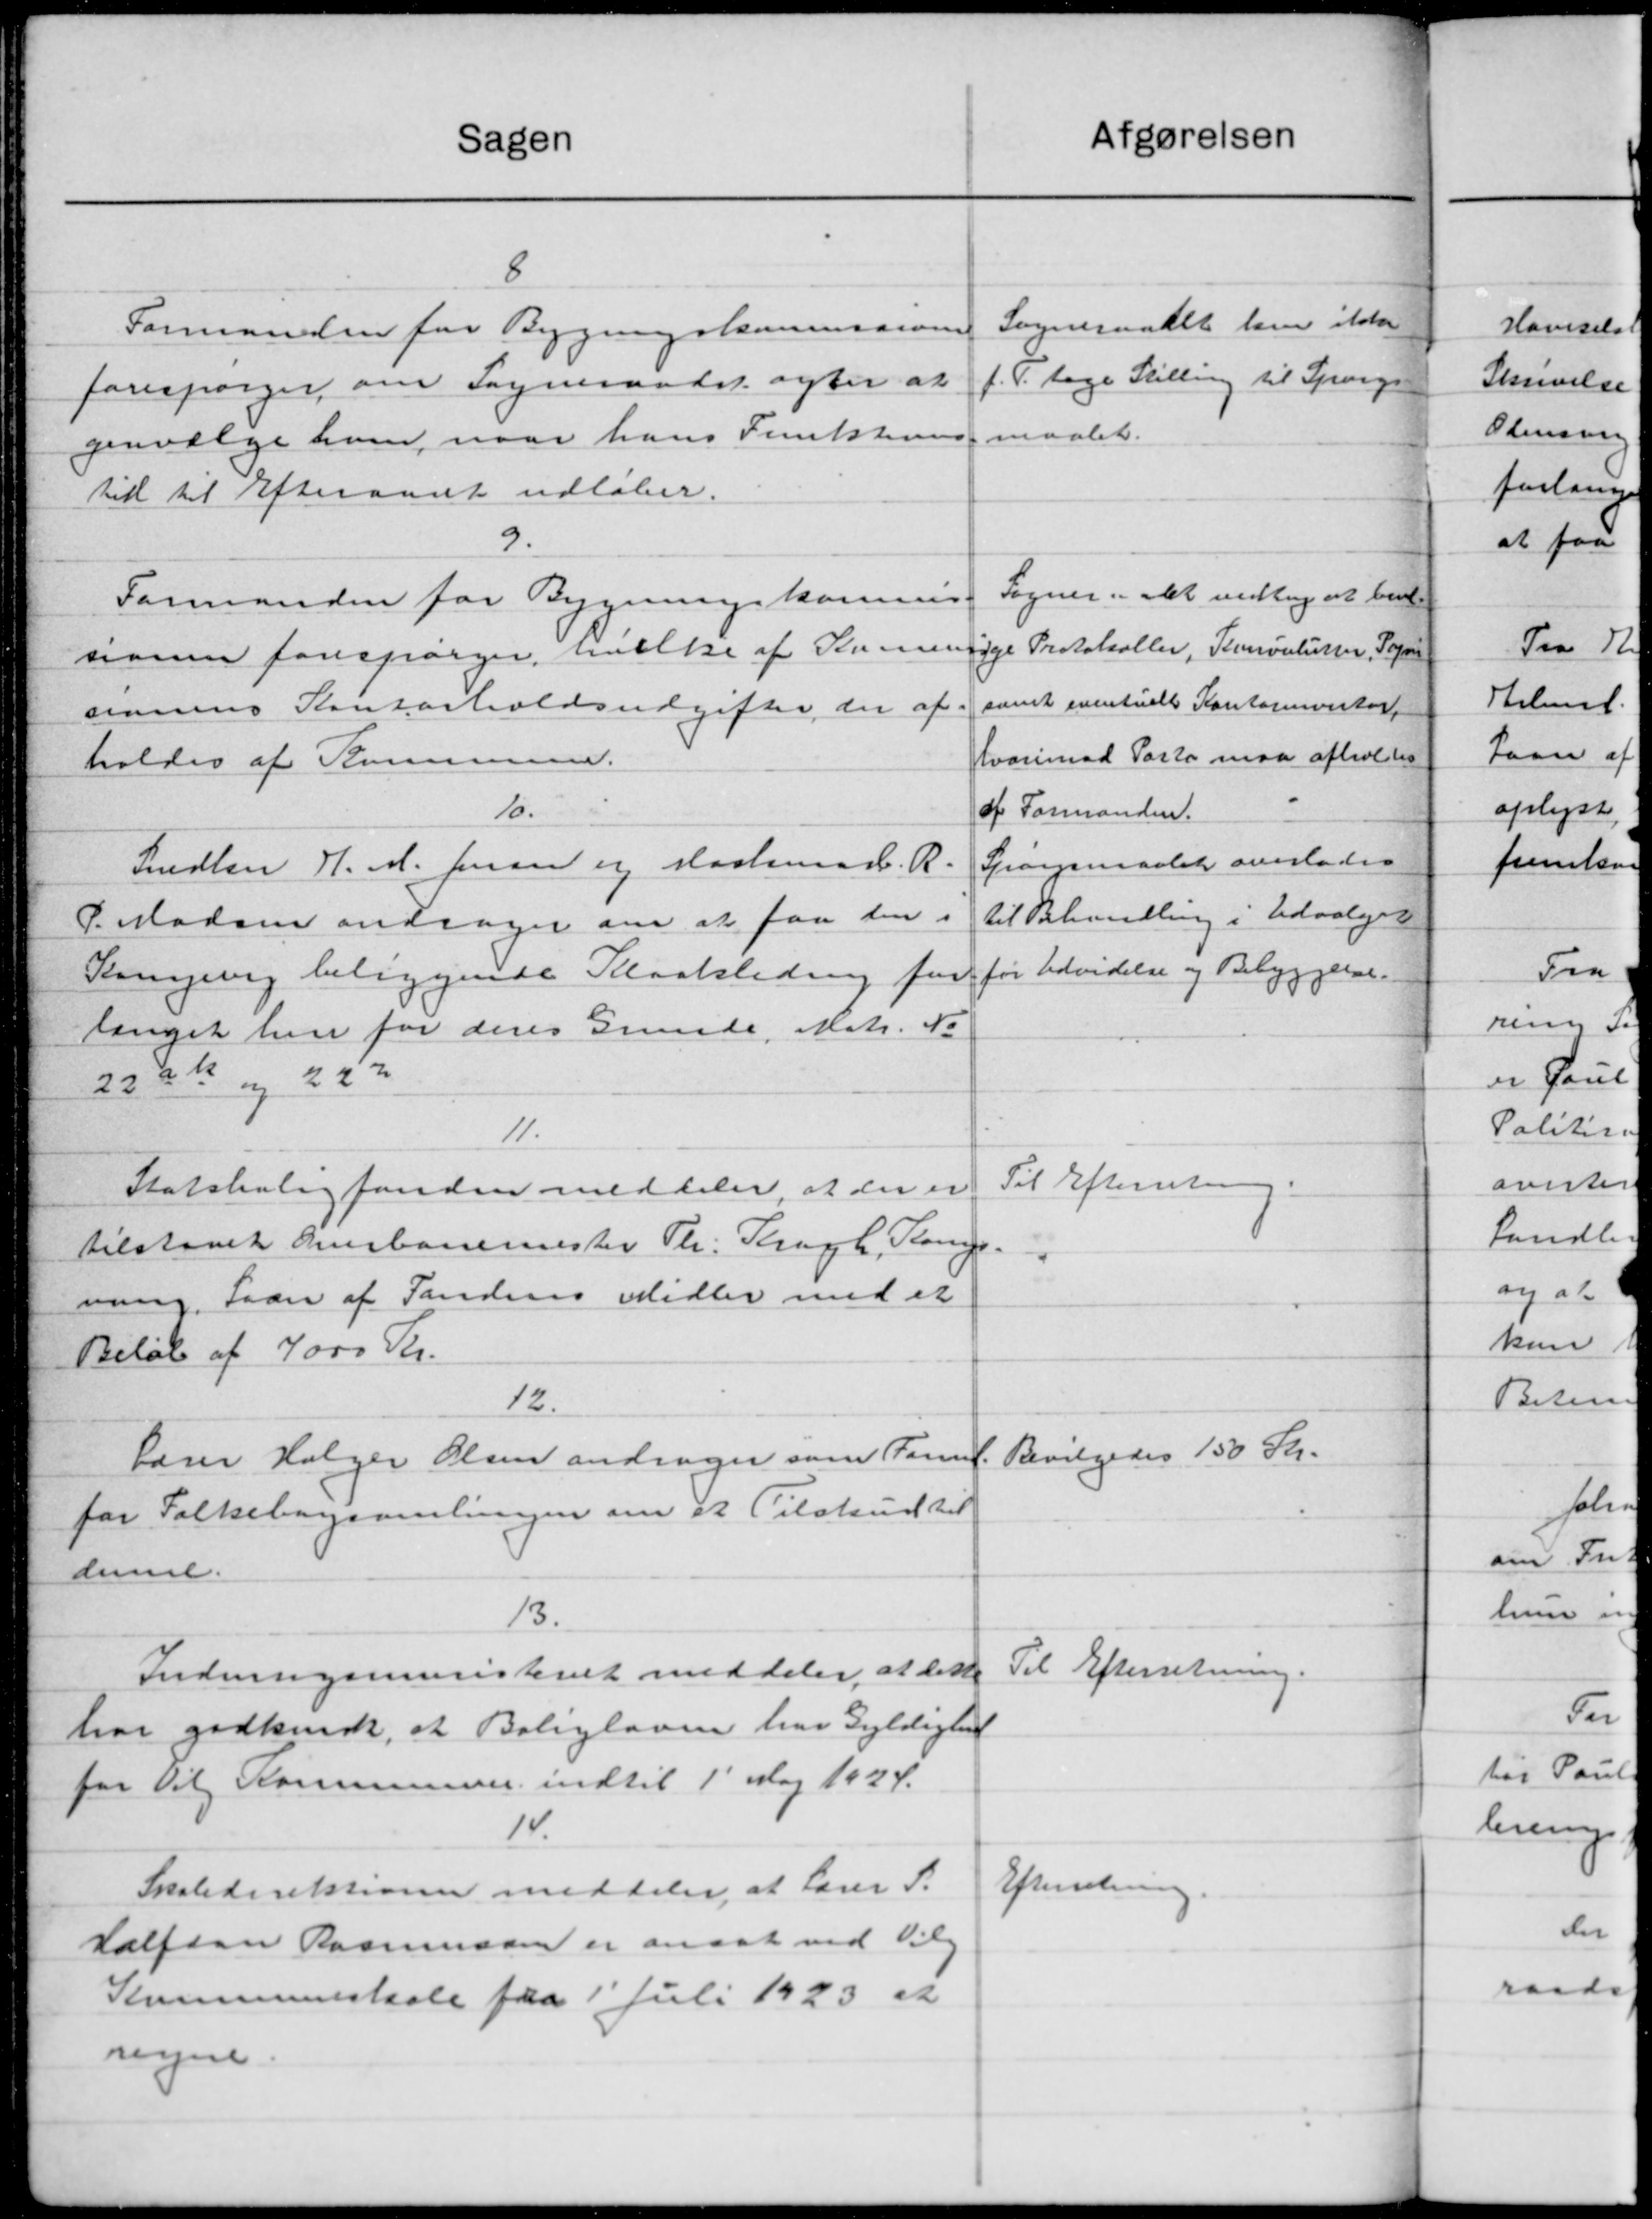
Transskription:
afgørelsen
Sagen
8
Sogneraadet haver ikke
Formanden for Bygningskommissionen
f.V. tage Stilling til Spørgs
forespørger om Sogneraadet agter at
maalet.
genvælge hver, naar hans Funktions
til til Efteraadet udløber.
9.
Sogner. Det vedtog at bevi
Formanden for Bygningskommis
sionen forespørger, hvilke af Stemminge Protokoller, Tovslutter, Sogne
samt eventuelt Kontormontor
sionens Kontorholdsudgifter, der af
hvorimod Porto maa afholdes
holdes af Kommune.
af Formanden.
15.
Spørgsmaalet overlades
Smedlen H. M. Jensen og Haslemad. R.
til Behandling i Udvalget
P. Madsen andrager om at faa den i
for Udvidelse og Bebyggelse.
Kongevej beliggende Kloakledning for
længet her for deres Grunde, Matr. No
22 at og 222
11.
Til Efterretning
Statsboligfonden meddeler, at der er
tilstaaet Overbanemester Th. Kragh, Pomp
ning, Laan af Tandens Midler med et
Beløb af 4000 Kr.
12.
Bevilgedes 150 Kr.
Lærer Holger Olsen andrager som Form.
for Folkebogsamlingen om et Tilskud til
denne.
13.
Til Efterretning.
Indenrigsministeriet meddeler, at dette
har godkendt, at Boligloven har Gyldighed
for Til Kommunen indtil 1' Maj 1924.
14.
Efterretning.
Skoledirektionen meddeler, at Lærer S.
Halfdan Rasmussen er ansat ved Vil
Kommuneskole fra 1' Juli 1923 er
ryne.